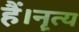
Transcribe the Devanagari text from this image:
हैं।नॄत्य